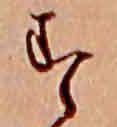
す